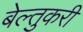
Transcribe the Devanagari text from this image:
बेल्तुकरी